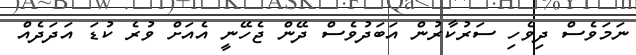
ނަމަވެސް ދިވެހި ސަރުކާރުން އަބަދުވެސް ދޭން ޖެހޭނީ އެއަށް ވުރެ ކުޑަ އަދަދެއް